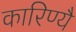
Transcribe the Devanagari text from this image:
कारिण्यै